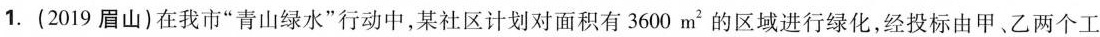
1.(2019眉山)在我市”青山绿水”行动中，某社区计划对面积有3600m^{2}的区域进行绿化，经投标由甲、乙两个工